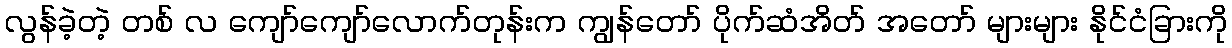
လွန်ခဲ့တဲ့ တစ် လ ကျော်ကျော်လောက်တုန်းက ကျွန်တော် ပိုက်ဆံအိတ် အတော် များများ နိုင်ငံခြားကို